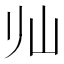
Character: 𱛅